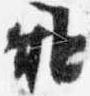
雅